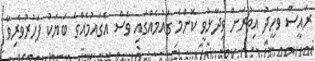
ރައީސް ވަހީދު އިތުރަށް ވިދާޅުވީ ކޮންމެ ގައުމެއްގައި ވެސް އެގައުމެއްްގެ ބަޔަކު ފަހުރުވެރިވާ